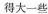
得大一些